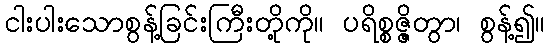
ငါးပါးသောစွန့်ခြင်းကြီးတို့ကို။ ပရိစ္စဇ္ဇိတွာ၊ စွန့်၍။